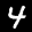
Label: 4